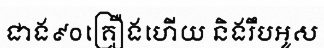
ជាង៩០គ្រឿងហើយ និងរឹបអូស